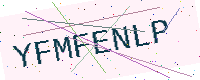
Text: YFMFENLP